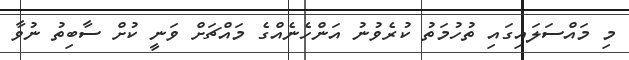
މި މައްސަލައިގައި ތުހުމަތު ކުރެވުނު އަންހެނެއްގެ މައްޗަށް ވަނީ ކުށް ސާބިތު ނުވާ